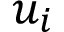
u _ { i }